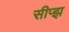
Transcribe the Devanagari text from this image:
सीप्झ